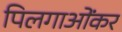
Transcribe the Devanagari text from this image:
पिलगाओंकर